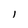
Character: l